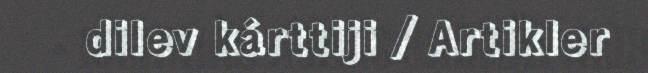
dilev kárttiji / Artikler